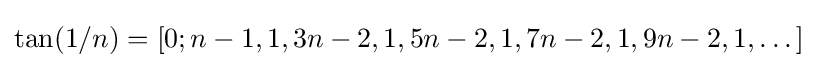
\tan(1/n)=[0;n-1,1,3n-2,1,5n-2,1,7n-2,1,9n-2,1,\dots ]\,\!